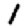
Digit: 1